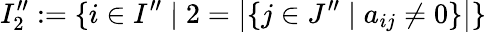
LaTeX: I_{2}^{\prime\prime}:=\{ i\in I^{\prime\prime}\mid 2=\left|\{ j\in J^{\prime\prime}\mid a_{ij}\neq 0\} \right|\}